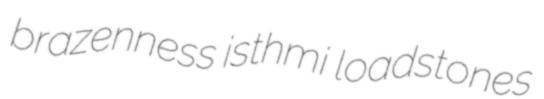
brazenness isthmi loadstones